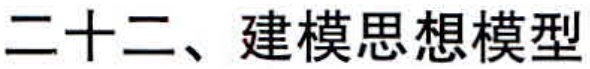
二十二、建模思想模型